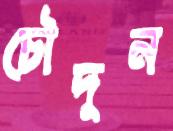
চৌদুন